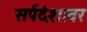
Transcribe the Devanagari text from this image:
सर्पदंशावर